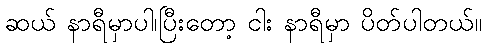
ဆယ် နာရီမှာပါ၊ပြီးတော့ ငါး နာရီမှာ ပိတ်ပါတယ်။